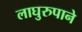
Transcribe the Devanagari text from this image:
लाघुरुपाने